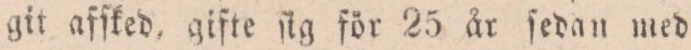
git afſked, gifte ſig för 25 år ſedan med